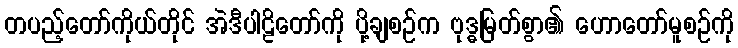
တပည့်တော်ကိုယ်တိုင် အဲဒီပါဠိတော်ကို ပို့ချစဉ်က ဗုဒ္ဓမြတ်စွာ၏ ဟောတော်မူစဉ်ကို